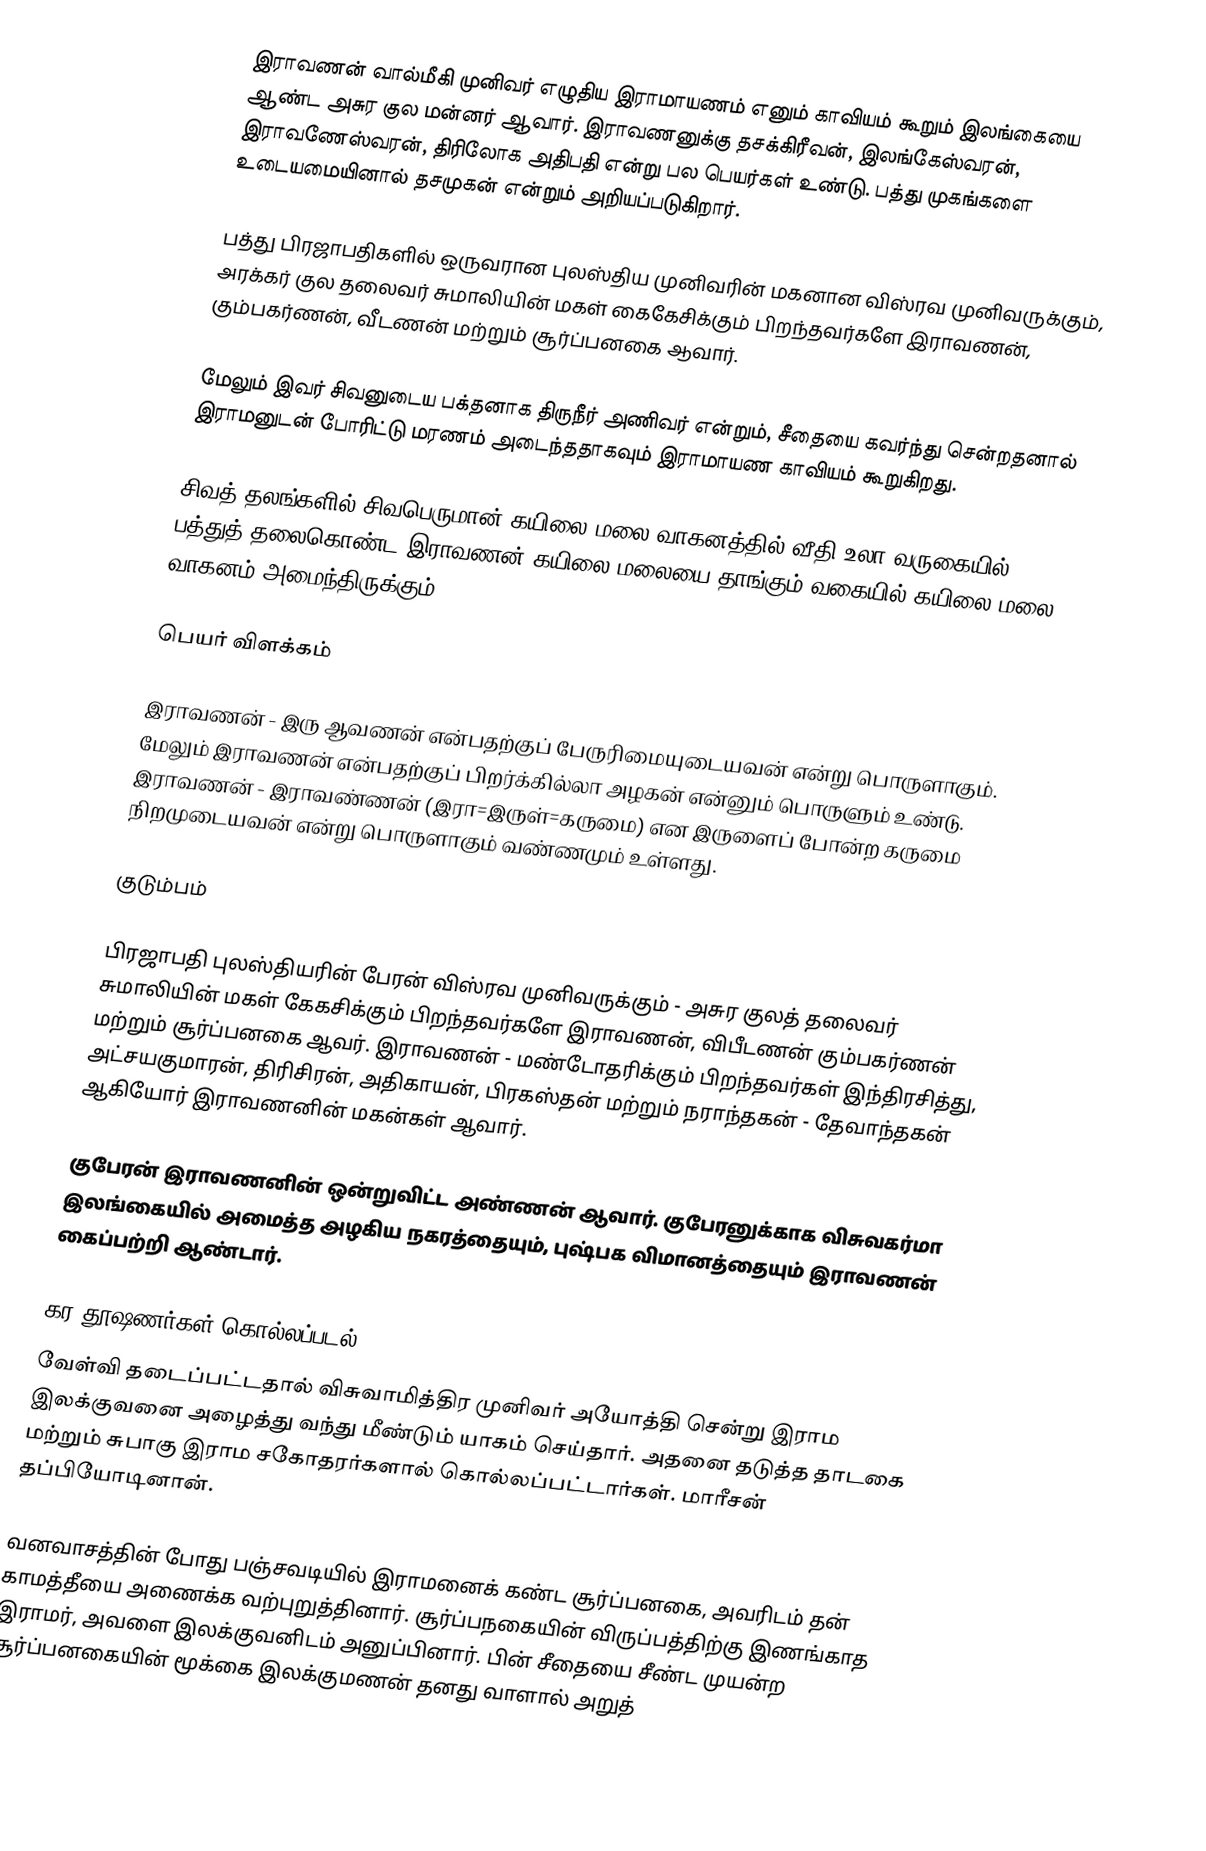
இராவணன் வால்மீகி முனிவர் எழுதிய இராமாயணம் எனும்  காவியம் கூறும் இலங்கையை ஆண்ட  அசுர குல மன்னர் ஆவார். இராவணனுக்கு தசக்கிரீவன், இலங்கேஸ்வரன், இராவணேஸ்வரன், திரிலோக அதிபதி என்று பல பெயர்கள் உண்டு. பத்து முகங்களை உடையமையினால் தசமுகன் என்றும் அறியப்படுகிறார்.

பத்து பிரஜாபதிகளில் ஒருவரான புலஸ்திய முனிவரின் மகனான விஸ்ரவ முனிவருக்கும்,  அரக்கர் குல தலைவர் சுமாலியின் மகள் கைகேசிக்கும் பிறந்தவர்களே இராவணன், கும்பகர்ணன், வீடணன் மற்றும் சூர்ப்பனகை ஆவார்.

மேலும் இவர் சிவனுடைய பக்தனாக திருநீர் அணிவர் என்றும், சீதையை கவர்ந்து சென்றதனால் இராமனுடன் போரிட்டு மரணம் அடைந்ததாகவும் இராமாயண காவியம் கூறுகிறது.

சிவத் தலங்களில் சிவபெருமான் கயிலை மலை வாகனத்தில் வீதி உலா வருகையில்,  பத்துத் தலைகொண்ட இராவணன் கயிலை மலையை தாங்கும் வகையில் கயிலை மலை வாகனம் அமைந்திருக்கும்.

பெயர் விளக்கம்

இராவணன் - இரு ஆவணன் என்பதற்குப் பேருரிமையுடையவன் என்று பொருளாகும். மேலும் இராவணன் என்பதற்குப் பிறர்க்கில்லா அழகன் என்னும் பொருளும் உண்டு. இராவணன் - இராவண்ணன் (இரா=இருள்=கருமை) என இருளைப் போன்ற கருமை நிறமுடையவன் என்று பொருளாகும் வண்ணமும் உள்ளது.

குடும்பம்

பிரஜாபதி புலஸ்தியரின் பேரன் விஸ்ரவ முனிவருக்கும் - அசுர குலத் தலைவர் சுமாலியின் மகள் கேகசிக்கும் பிறந்தவர்களே இராவணன், விபீடணன் கும்பகர்ணன் மற்றும் சூர்ப்பனகை ஆவர். இராவணன் - மண்டோதரிக்கும் பிறந்தவர்கள் இந்திரசித்து, அட்சயகுமாரன், திரிசிரன், அதிகாயன், பிரகஸ்தன் மற்றும் நராந்தகன் - தேவாந்தகன் ஆகியோர் இராவணனின் மகன்கள் ஆவார்.

குபேரன் இராவணனின் ஒன்றுவிட்ட அண்ணன் ஆவார். குபேரனுக்காக விசுவகர்மா இலங்கையில் அமைத்த அழகிய நகரத்தையும்,  புஷ்பக விமானத்தையும் இராவணன் கைப்பற்றி ஆண்டார்.

கர-தூஷணர்கள் கொல்லப்படல்
வேள்வி தடைப்பட்டதால் விசுவாமித்திர முனிவர் அயோத்தி சென்று இராம இலக்குவனை அழைத்து வந்து மீண்டும் யாகம் செய்தார். அதனை தடுத்த தாடகை மற்றும் சுபாகு இராம சகோதரர்களால் கொல்லப்பட்டார்கள். மாரீசன் தப்பியோடினான்.

வனவாசத்தின் போது பஞ்சவடியில் இராமனைக் கண்ட சூர்ப்பனகை, அவரிடம் தன் காமத்தீயை அணைக்க வற்புறுத்தினார். சூர்ப்பநகையின் விருப்பத்திற்கு இணங்காத இராமர், அவளை இலக்குவனிடம் அனுப்பினார். பின் சீதையை சீண்ட முயன்ற  சூர்ப்பனகையின் மூக்கை இலக்குமணன் தனது வாளால் அறுத்